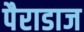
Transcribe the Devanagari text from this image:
पैराडाज